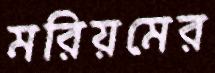
মরিয়মের